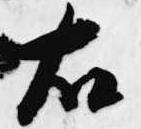
右